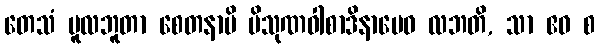
တေသံ မူလဘူတာ စေတနာပိ ပိသုဏဝါစာဒိနာမေဝ လဘတိ, သာ ဧဝ စ